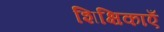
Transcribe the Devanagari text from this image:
शिक्षिकाएँ